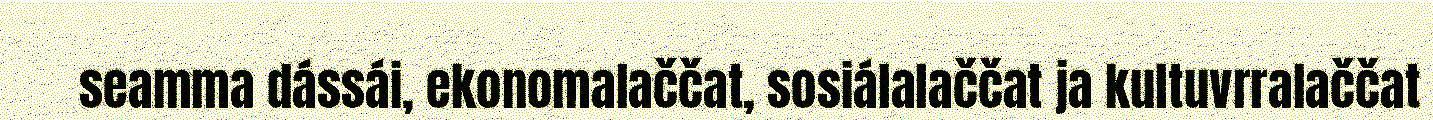
seamma dássái, ekonomalaččat, sosiálalaččat ja kultuvrralaččat